Document type: Emphyteutic lease
Year: 1333
Scribe: Berenguer Simó
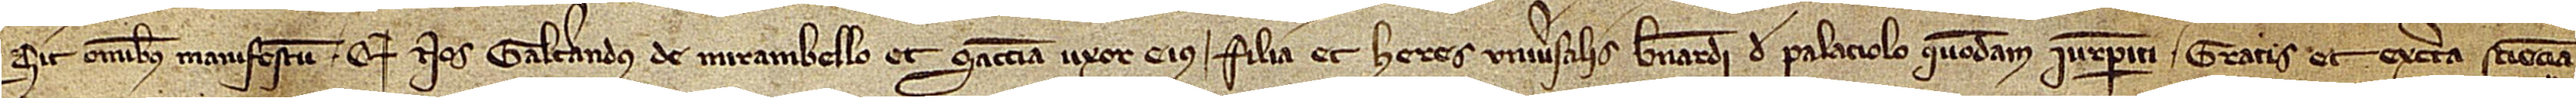
Sit omnibus manifestum quod nos Galcerandus de Mirambello et Sanccia, uxor eius, filia et heres universalis Bernardi de Palaciolo, quondam, iurisperiti, gratis et ex certa sciencia